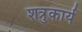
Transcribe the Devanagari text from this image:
शत्रुकार्य